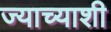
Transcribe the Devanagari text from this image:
ज्याच्याशी